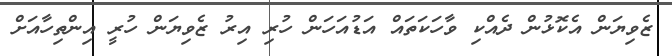
ޒެވިޔަން އެކޮޅުން ދެއްކި ވާހަކަތައް އަޑުއަހަން ހުރި އިރު ޒެވިޔަން ހުރީ އިންތިހާއަށް